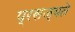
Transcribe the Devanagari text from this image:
प्रसज्यते